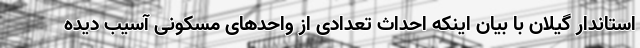
استاندار گیلان با بیان اینکه احداث تعدادی از واحدهای مسکونی آسیب دیده